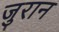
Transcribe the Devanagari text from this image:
जुरान